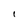
Character: l